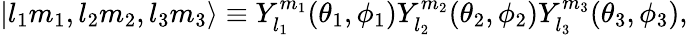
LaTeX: |l_{1}m_{1},l_{2}m_{2},l_{3}m_{3}\rangle\equiv Y_{l_{1}}^{m_{1}}(\theta_{1},\phi_{1})Y_{l_{2}}^{m_{2}}(\theta_{2},\phi_{2})Y_{l_{3}}^{m_{3}}(\theta_{3},\phi_{3}),